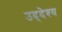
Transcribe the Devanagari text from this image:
उद्‌देश्‍य